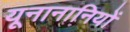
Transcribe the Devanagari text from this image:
यूनानानियों